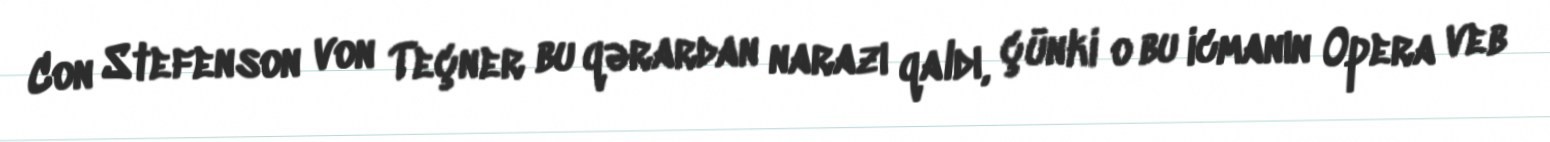
Con Stefenson von Teçner bu qərardan narazı qaldı, çünki o bu icmanın Opera veb